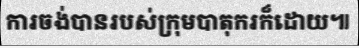
ការចង់បានរបស់ក្រុមបាតុករក៏ដោយ៕